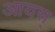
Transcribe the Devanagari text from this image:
आयस्